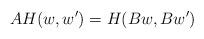
LaTeX: \begin{align*}AH(w,w')=H(Bw,Bw')\end{align*}